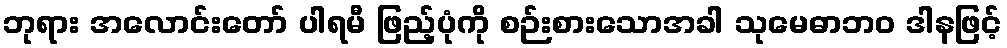
ဘုရား အလောင်းတော် ပါရမီ ဖြည့်ပုံကို စဉ်းစားသောအခါ သုမေဓာဘဝ ဒါနဖြင့်